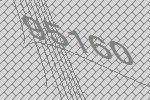
95160